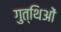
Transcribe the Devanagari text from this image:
गुत्थिओं